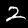
Label: 2